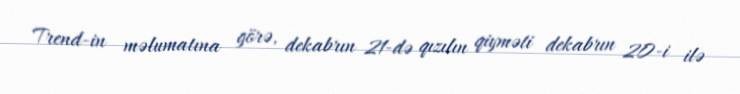
Trend-in məlumatına görə, dekabrın 21-də qızılın qiyməti dekabrın 20-i ilə